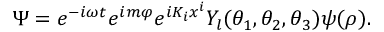
\Psi = e ^ { - i \omega t } e ^ { i m \varphi } e ^ { i K _ { i } x ^ { i } } Y _ { l } ( \theta _ { 1 } , \theta _ { 2 } , \theta _ { 3 } ) \psi ( \rho ) .